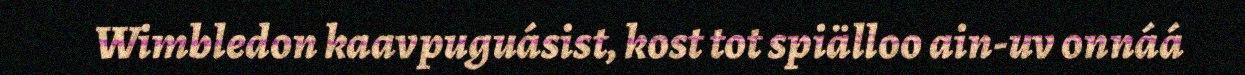
Wimbledon kaavpuguásist, kost tot spiälloo ain-uv onnáá